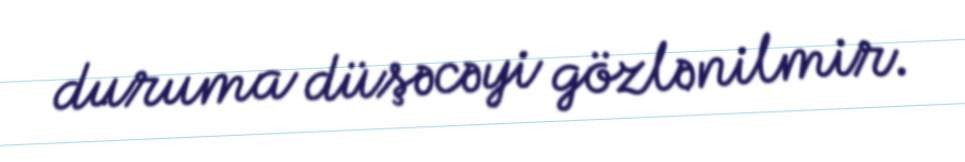
duruma düşəcəyi gözlənilmir.